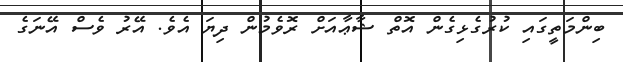
ބިންމަތީގައި ކުރުގެޅިގެން އޮތް ޝާޢާއަށް ރޮވެމުން ދިޔަ އެވެ. އޭރު ވެސް އޭނަގެ